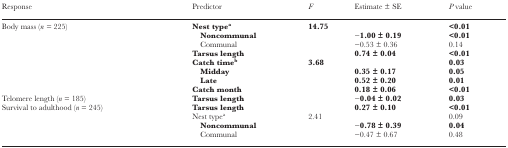
| Response | Predictor | F | Estimate ± SE | P value |
 | --- | --- | --- | --- | --- |
 | <ROWSPAN=8> Body mass (n = 225) | Nest typea | 14.75 |  | <0.01 |
 | Noncommunal |  | −1.00 ± 0.19 | <0.01 |
 | Communal |  | −0.53 ± 0.36 | 0.14 |
 | Tarsus length |  | 0.74 ± 0.04 | <0.01 |
 | Catch timeb | 3.68 |  | 0.03 |
 | Midday |  | 0.35 ± 0.17 | 0.05 |
 | Late |  | 0.52 ± 0.20 | 0.01 |
 | Catch month |  | 0.18 ± 0.06 | <0.01 |
 | Telomere length (n = 185) | Tarsus length |  | −0.04 ± 0.02 | 0.03 |
 | <ROWSPAN=4> Survival to adulthood (n = 245) | Tarsus length |  | 0.27 ± 0.10 | <0.01 |
 | Nest typea | 2.41 |  | 0.09 |
 | Noncommunal |  | −0.78 ± 0.39 | 0.04 |
 | Communal |  | −0.47 ± 0.67 | 0.48 |